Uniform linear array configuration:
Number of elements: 32
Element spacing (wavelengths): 1
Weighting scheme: uniform
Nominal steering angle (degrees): -45
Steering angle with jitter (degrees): -45.666
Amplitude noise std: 0.05
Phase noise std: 0.05

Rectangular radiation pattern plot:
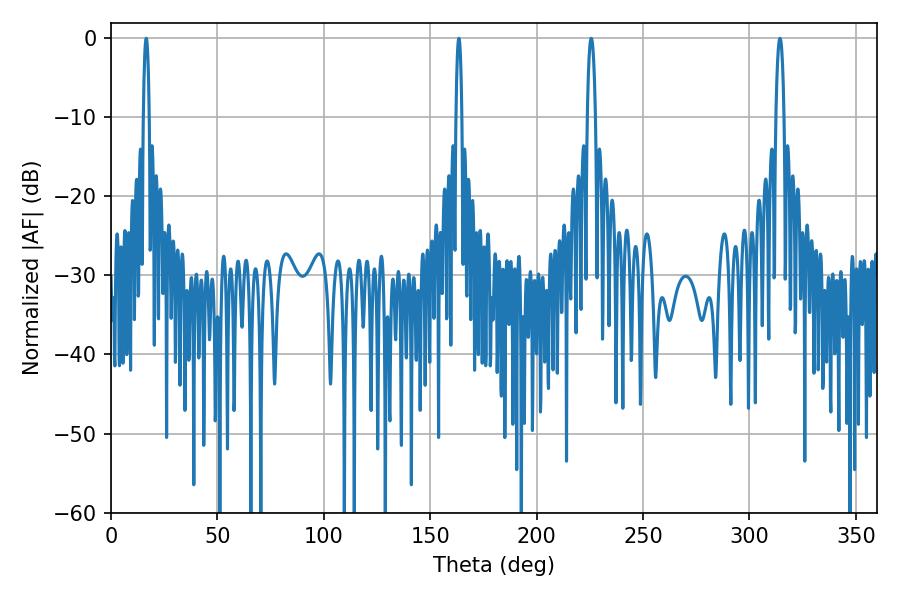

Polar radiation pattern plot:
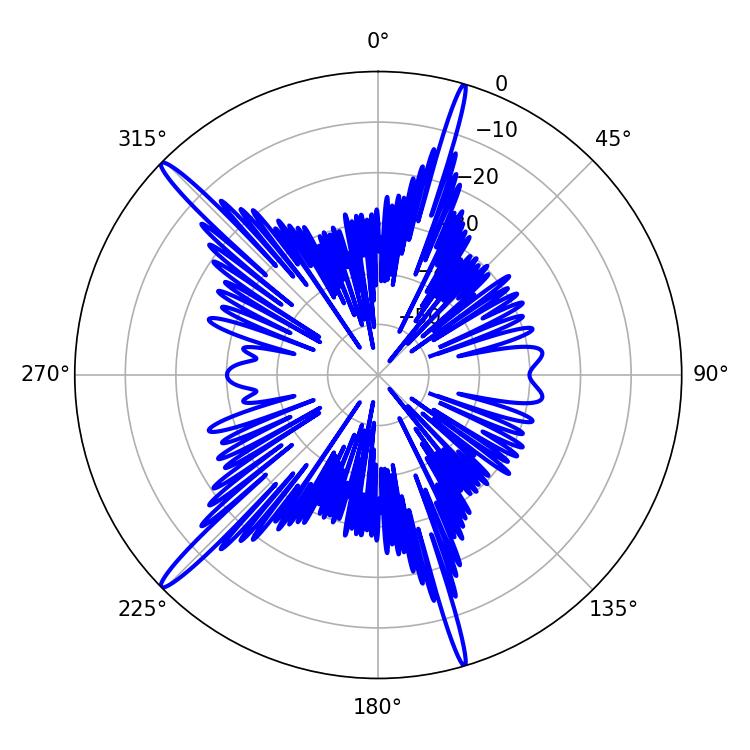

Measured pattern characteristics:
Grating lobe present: TRUE
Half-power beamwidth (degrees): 1.44
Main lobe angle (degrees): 16.56